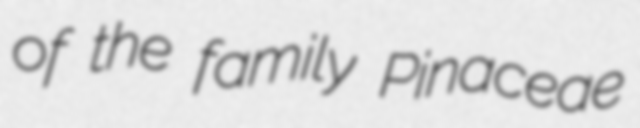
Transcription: of the family Pinaceae